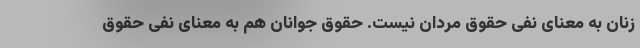
زنان به معنای نفی حقوق مردان نیست. حقوق جوانان هم به معنای نفی حقوق